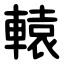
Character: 轅